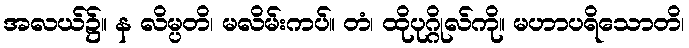
အလယ်၌။ န လိမ္ပတိ၊ မလိမ်းကပ်။ တံ၊ ထိုပုဂ္ဂိုလ်ကို။ မဟာပရိသောတိ၊